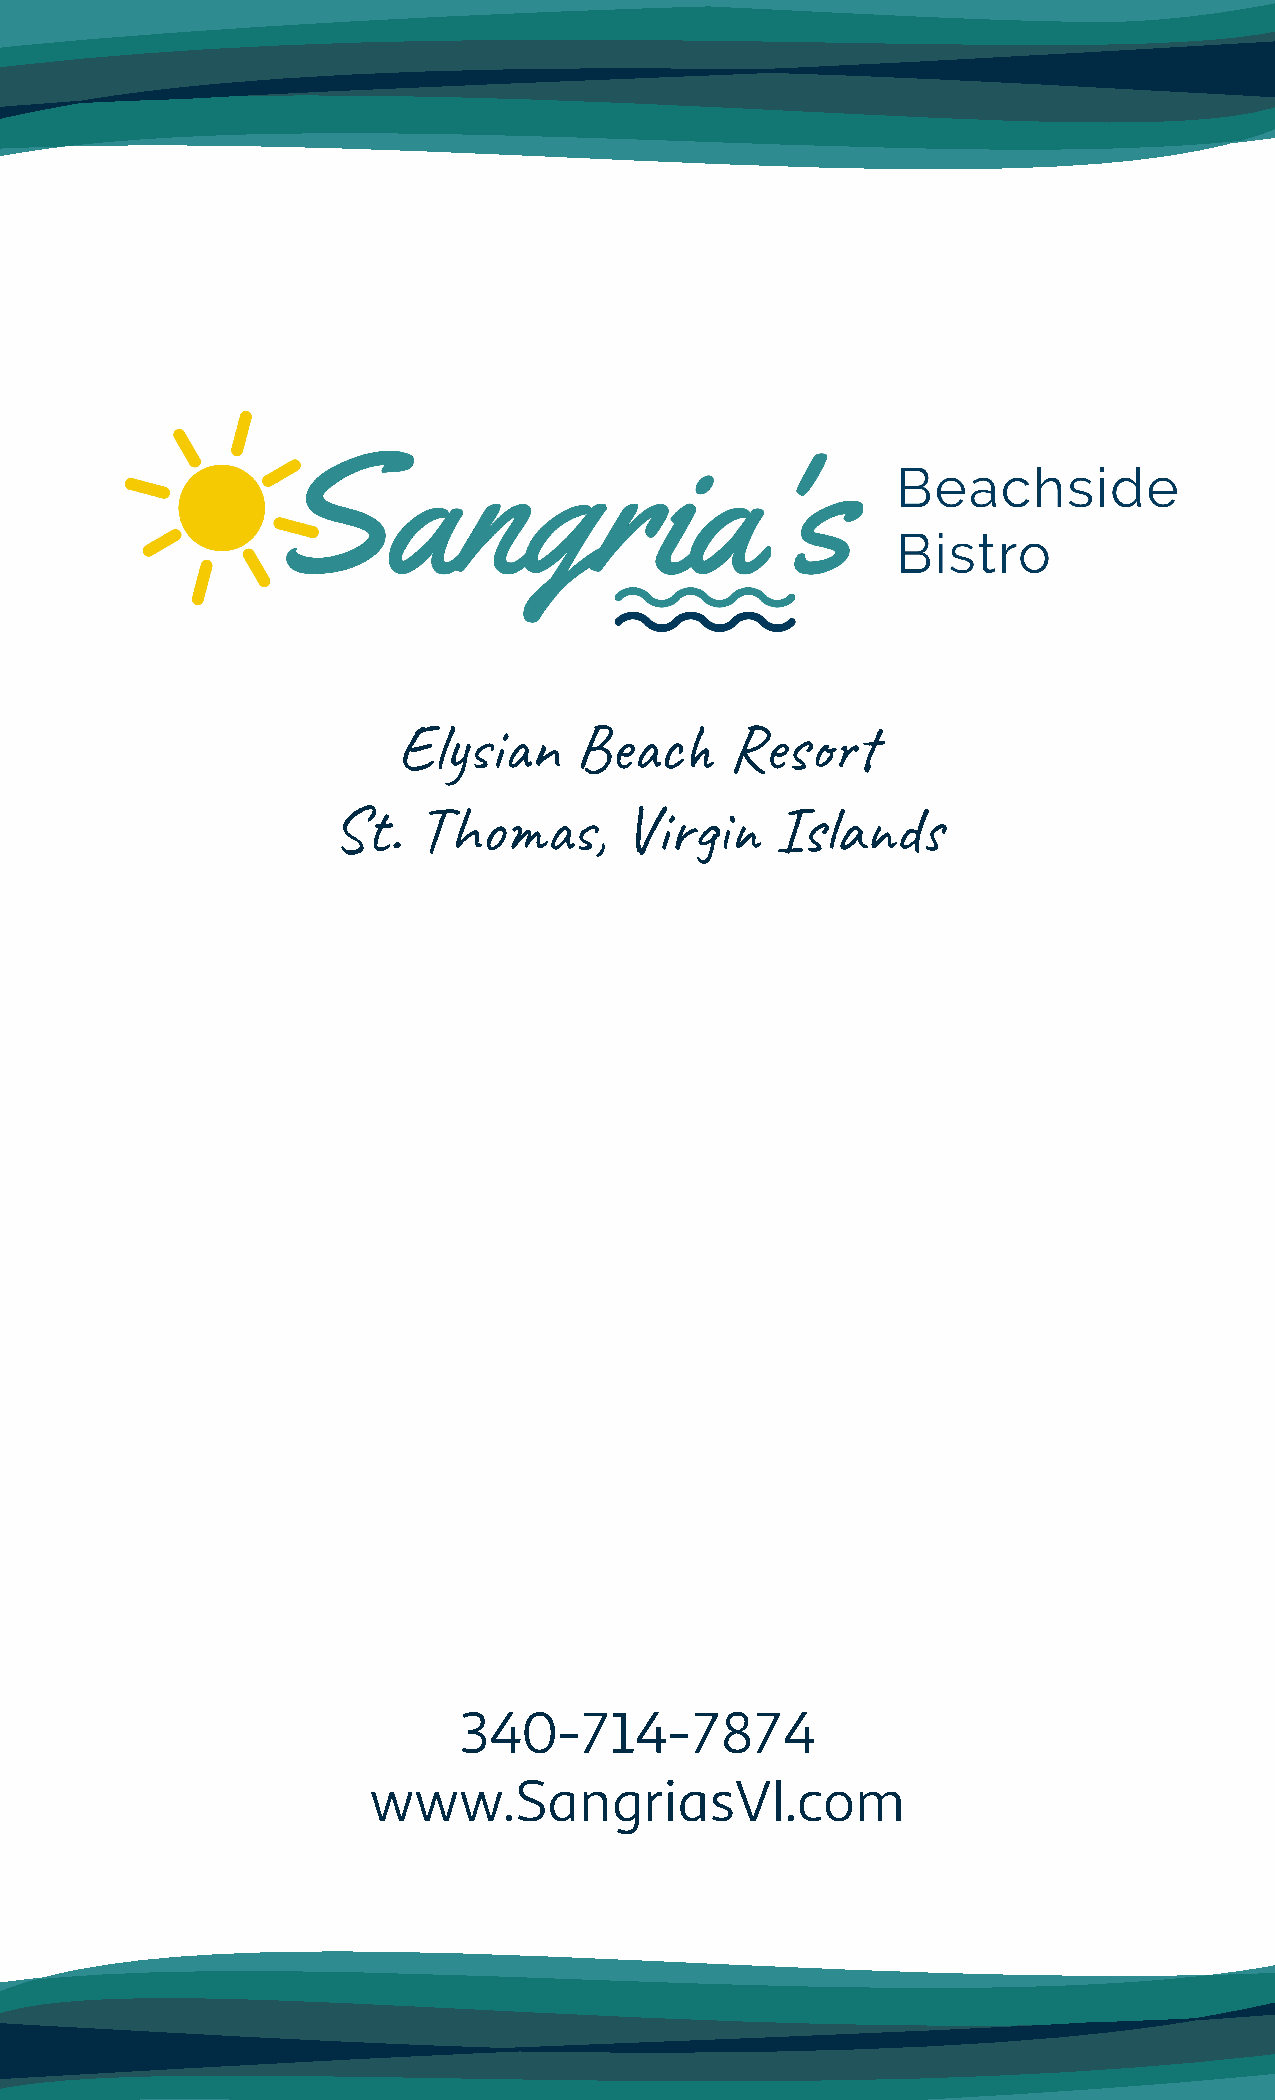
Elin     Bec     Res
 St.   Tho,      Vir    Isad
 340-714-7874
 www.SangriasVI.com